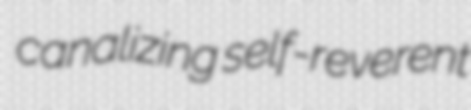
canalizing self-reverent